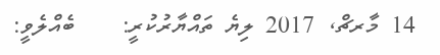
14 މާރޗް